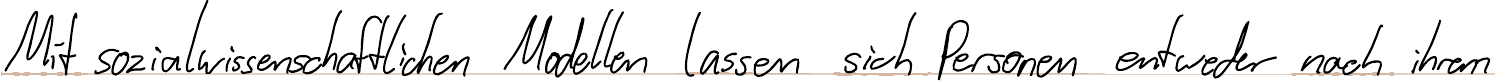
Mit sozialwissenschaftlichen Modellen lassen sich Personen entweder nach ihren